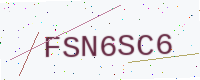
Text: FSN6SC6